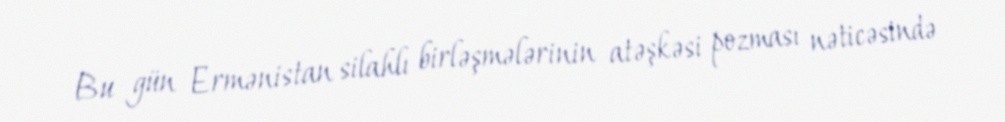
Bu gün Ermənistan silahlı birləşmələrinin atəşkəsi pozması nəticəsində